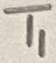
Text: T1